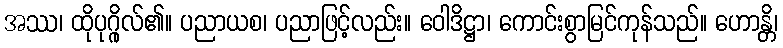
အဿ၊ ထိုပုဂ္ဂိုလ်၏။ ပညာယစ၊ ပညာဖြင့်လည်း။ ဝေါဒိဋ္ဌာ၊ ကောင်းစွာမြင်ကုန်သည်။ ဟောန္တိ၊